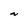
Character: N